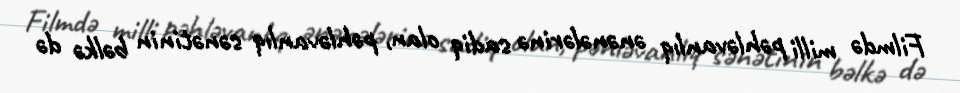
Filmdə milli pəhləvanlıq ənənələrinə sadiq olan, pəhləvanlıq sənətinin bəlkə də